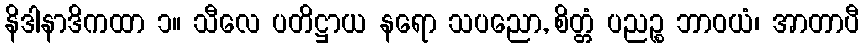
နိဒါနာဒိကထာ ၁။ သီလေ ပတိဋ္ဌာယ နရော သပညော, စိတ္တံ ပညဉ္စ ဘာဝယံ၊ အာတာပီ